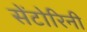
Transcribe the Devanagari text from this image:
सेंटोरिनी